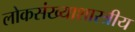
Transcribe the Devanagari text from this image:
लोकसंख्याशास्त्रीय